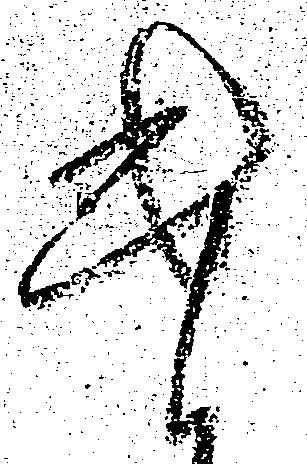
遣